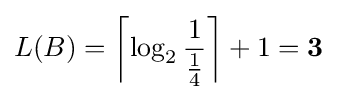
L(B)=\left\lceil \log _{2}{\frac {1}{\frac {1}{4}}}\right\rceil +1=\mathbf {3}